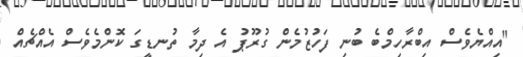
"އިއްޔެވެސް އިބްރާހިމްބެ ބުނި ފަހުޒުމެން ގުރޫޕު އެ ދިމާ ތުނޑީގަ ކޮންމެވެސް އެއްޗެއް